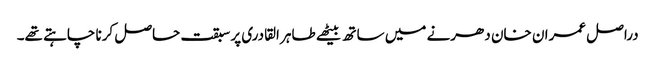
دراصل عمران خان دھرنے میں ساتھ بیٹھے طاہر القادری پر سبقت حاصل کرنا چاہتے تھے۔